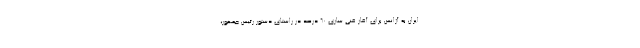
ایران به آژانس برای آغاز غنی سازی ۶۰ درصد در راستای دستور رئیس جمهور،